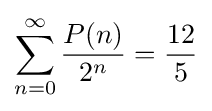
\sum _{n=0}^{\infty }{\frac {P(n)}{2^{n}}}={\frac {12}{5}}